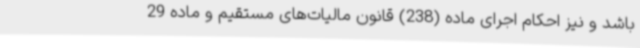
باشد و نیز احکام اجرای ماده (238) قانون مالیات‌های مستقیم و ماده 29